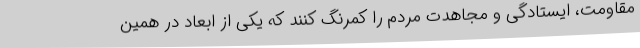
مقاومت، ایستادگی و مجاهدت مردم را کمرنگ کنند که یکی از ابعاد در همین